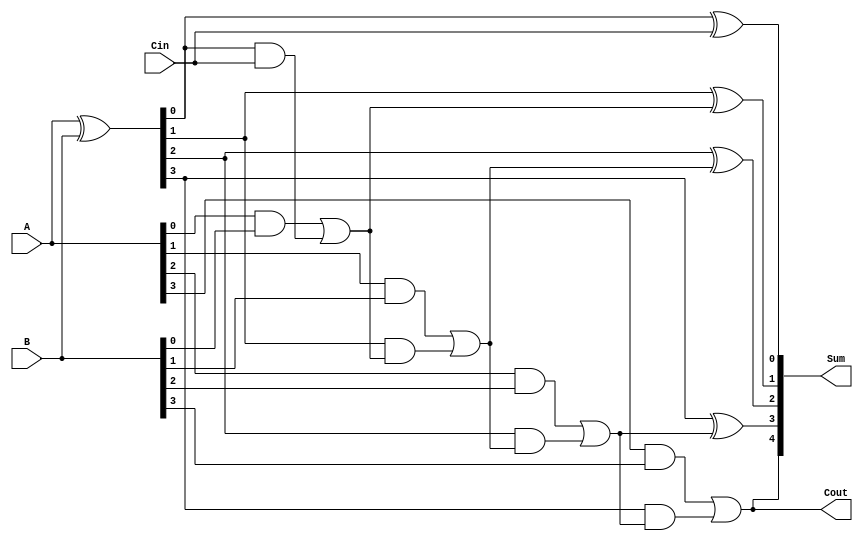
module conditional_sum_adder (
    input [3:0] A,      // 4-bit input A
    input [3:0] B,      // 4-bit input B
    input Cin,          // Carry input
    output [4:0] Sum,   // 5-bit output Sum (4 bits + carry out)
    output Cout         // Carry output
);

    wire [3:0] S;       // Preliminary sum bits
    wire [3:0] C;       // Carry bits for each group
    wire [3:0] C_cond;  // Conditional carry bits
    wire [3:0] S_cond;  // Conditional sum bits

    // Compute preliminary sum and carry for each bit
    assign S = A ^ B; // S[i] = A[i] XOR B[i]
    assign C[0] = A[0] & B[0]; // Carry for the least significant bit
    assign C[1] = A[1] & B[1]; // Carry for the second bit
    assign C[2] = A[2] & B[2]; // Carry for the third bit
    assign C[3] = A[3] & B[3]; // Carry for the most significant bit

    // Conditional carry computation
    assign C_cond[0] = C[0] | (S[0] & Cin);
    assign C_cond[1] = C[1] | (S[1] & C_cond[0]);
    assign C_cond[2] = C[2] | (S[2] & C_cond[1]);
    assign C_cond[3] = C[3] | (S[3] & C_cond[2]);

    // Conditional sum generation
    assign S_cond[0] = S[0] ^ Cin;
    assign S_cond[1] = S[1] ^ C_cond[0];
    assign S_cond[2] = S[2] ^ C_cond[1];
    assign S_cond[3] = S[3] ^ C_cond[2];

    // Final sum and carry out
    assign Sum = {C_cond[3], S_cond}; // Concatenate carry out with sum bits
    assign Cout = C_cond[3]; // Final carry out

endmodule